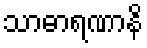
သာဓာရဏာနိ